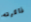
ذاكرته